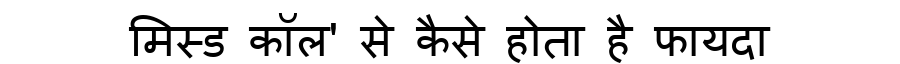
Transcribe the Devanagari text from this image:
मिस्ड कॉल' से कैसे होता है फायदा